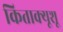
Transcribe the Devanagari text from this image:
किताक्यूशू